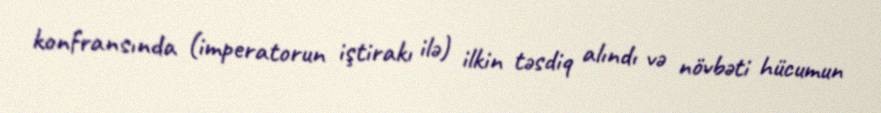
konfransında (imperatorun iştirakı ilə) ilkin təsdiq alındı və növbəti hücumun